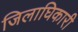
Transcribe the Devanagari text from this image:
जिलाघिकारी